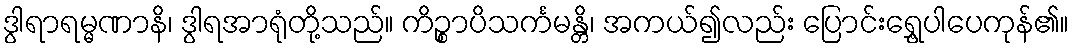
ဒွါရာရမ္မဏာနိ၊ ဒွါရအာရုံတို့သည်။ ကိဉ္စာပိသင်္ကမန္တိ၊ အကယ်၍လည်း ပြောင်းရွှေ့ပါပေကုန်၏။